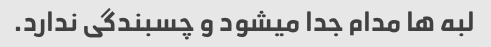
لبه ها مدام جدا میشود و چسبندگی ندارد.